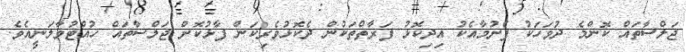
ޖަލްސާތައް ކޮންމެ ދުވަހަކު ފެށުމާއެކު އިދިކޮޅު ފަރާތްތަކުން ދެކޮޅުވެރިކަން ފާޅުކޮށް ޖަލްސާތައް ހުއްޓުވާލަނީއެވެ.